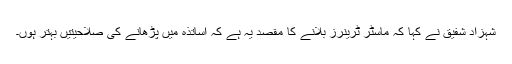
شہزاد شفیق نے کہا کہ ماسٹر ٹرینرز بلانے کا مقصد یہ ہے کہ اساتذہ میں پڑھانے کی صلاحیتیں بہتر ہوں۔